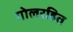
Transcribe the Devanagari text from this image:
गोलरहित